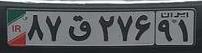
۸۷ق۲۷۶۹۱